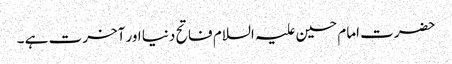
حضرت امام حسین علیہ السلام فاتح دنیا اور آخرت ہے ۔